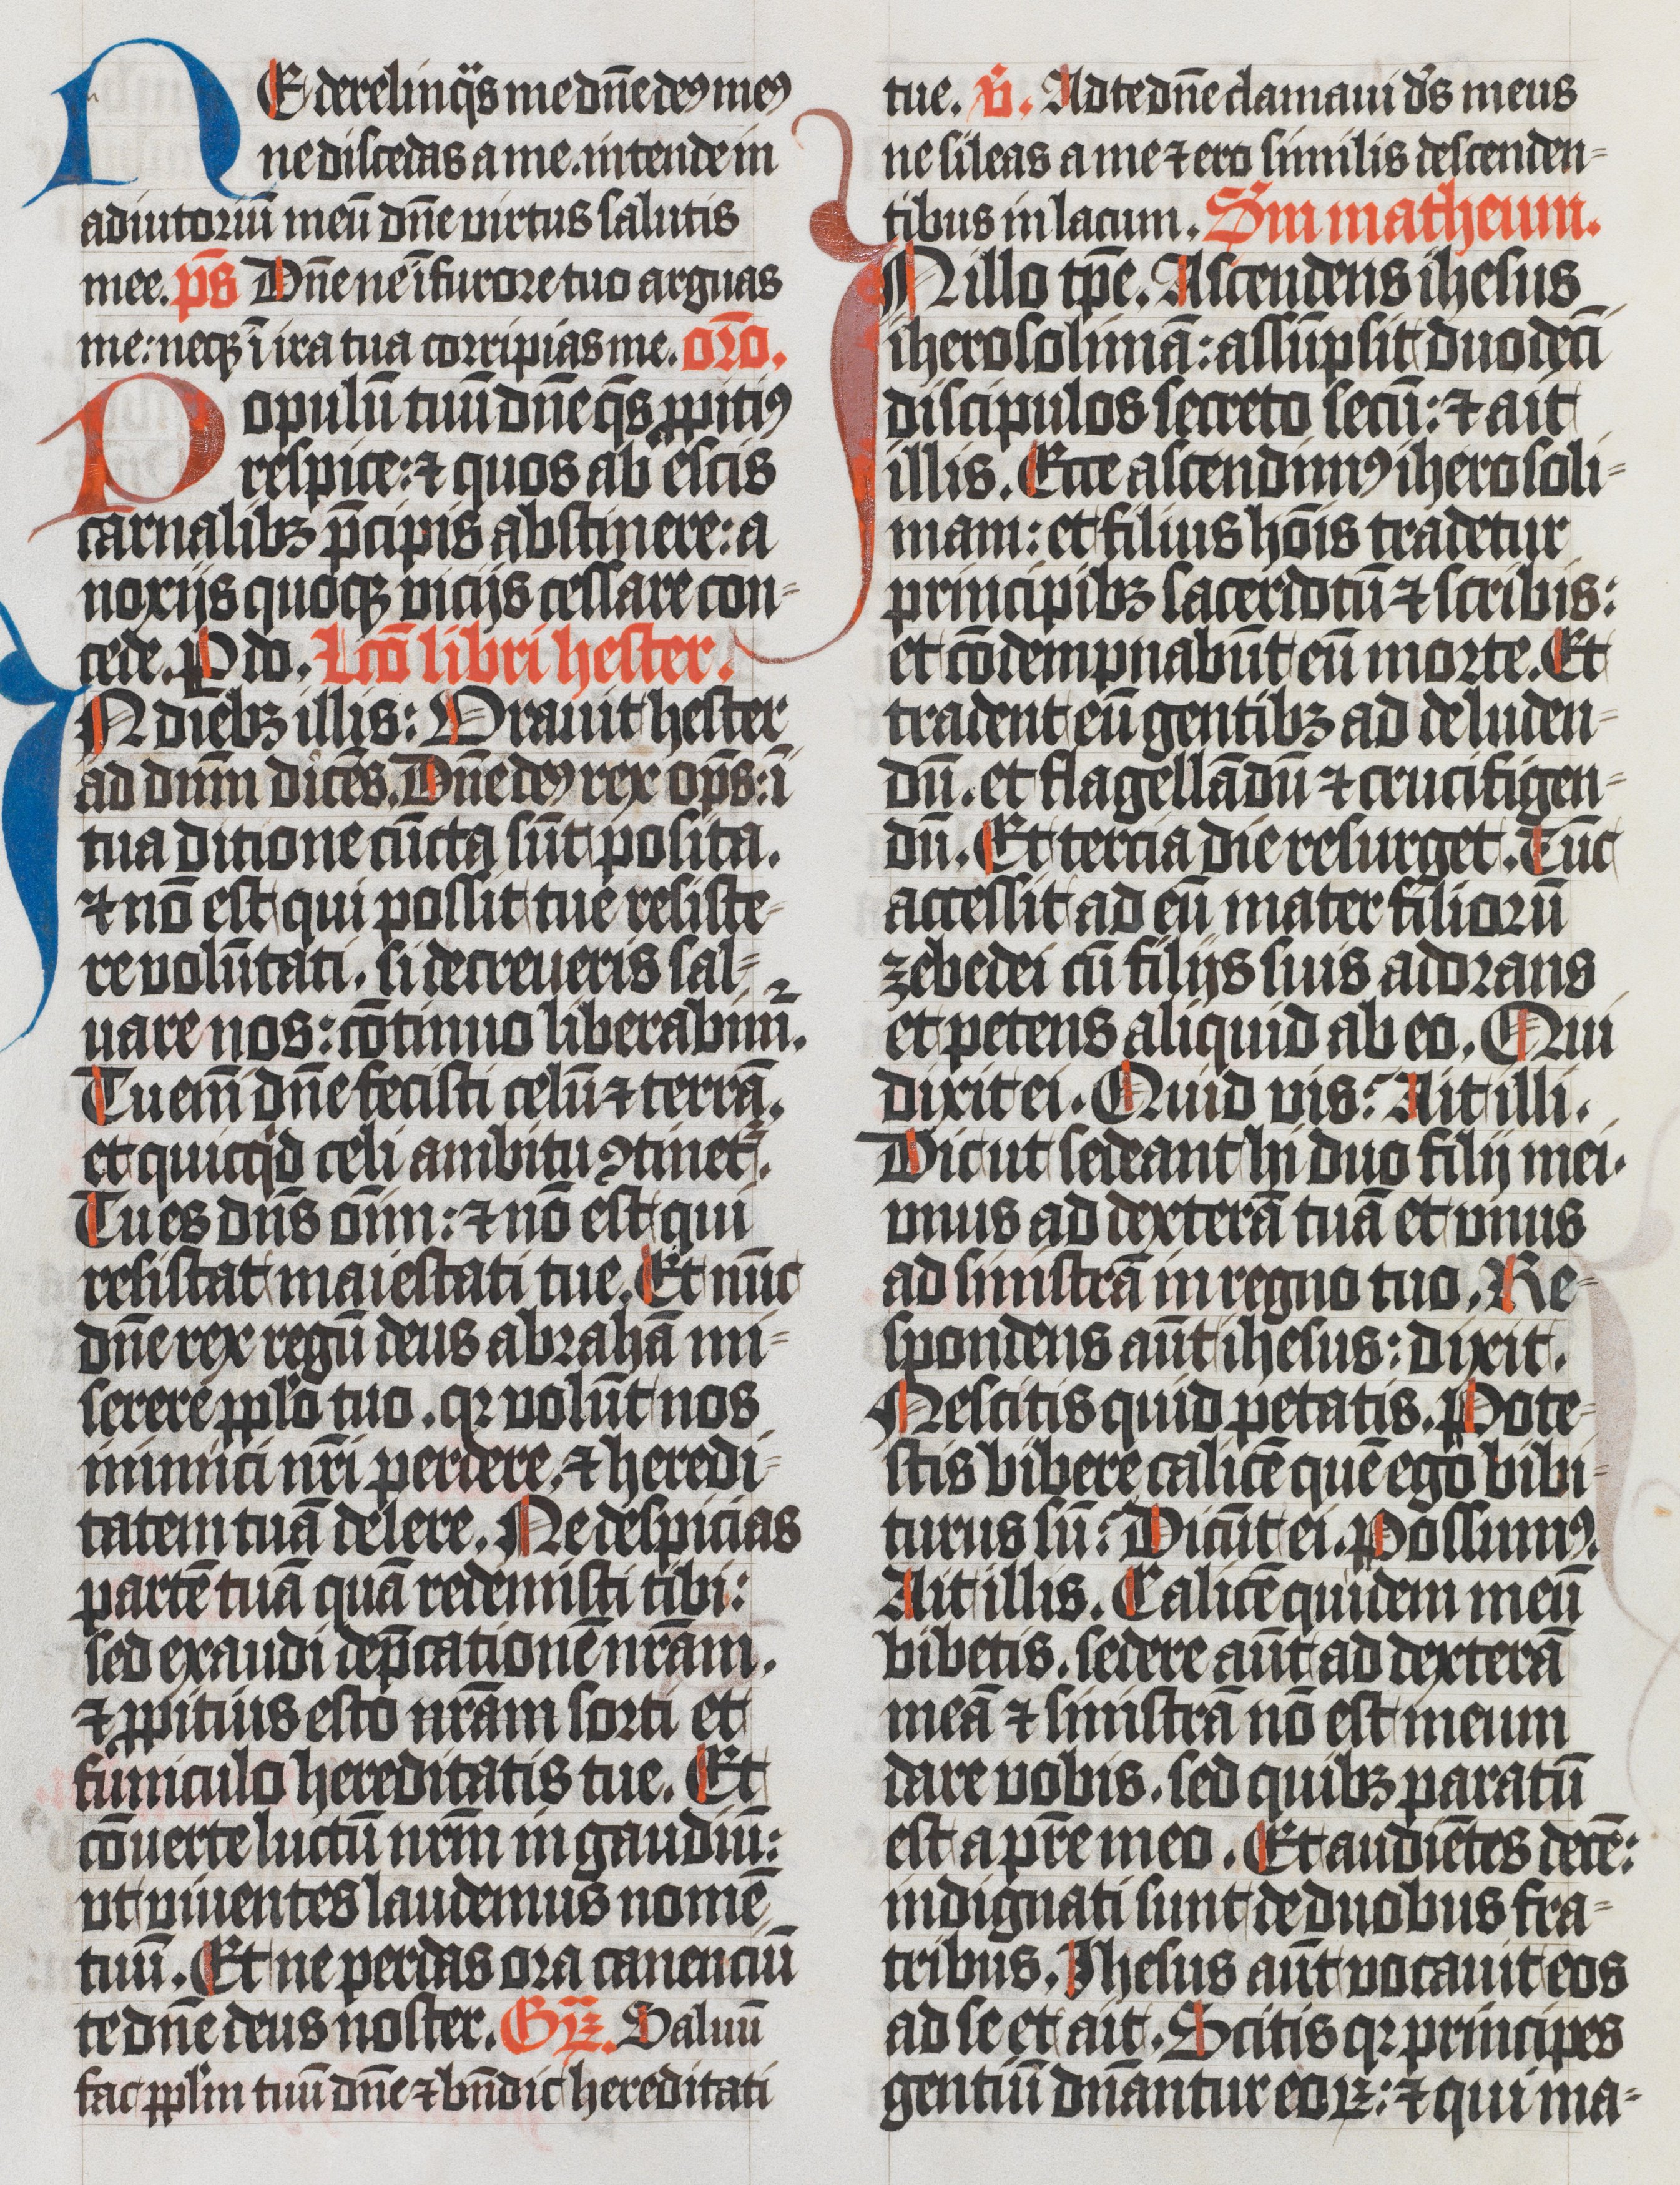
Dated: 1400–1499